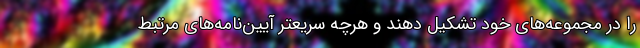
را در مجموعه‌های خود تشکیل دهند و هرچه سریعتر آیین‌نامه‌های مرتبط